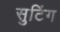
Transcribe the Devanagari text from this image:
सुटिंग